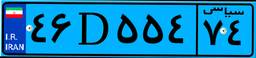
۹۰D۲۰۴۹۳